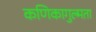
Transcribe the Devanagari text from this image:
कणिकागुल्मता